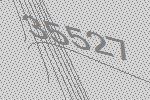
35527